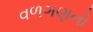
વળગણનો